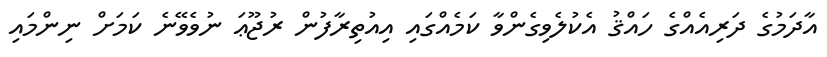
އާދަމުގެ ދަރިއެއްގެ ހައްޤު އެކުލެވިގެންވާ ކަމެއްގައި އިއުތިރާފުން ރުޖޫޢަ ނުވެވޭނެ ކަމަށް ނިންމައި